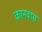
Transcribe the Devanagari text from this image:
कानवास